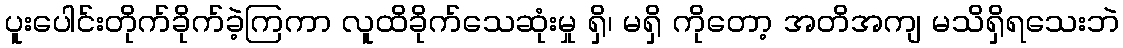
ပူးပေါင်းတိုက်ခိုက်ခဲ့ကြကာ လူထိခိုက်သေဆုံးမှု ရှိ၊ မရှိ ကိုတော့ အတိအကျ မသိရှိရသေးဘဲ